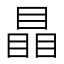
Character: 瞐